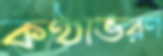
কণ্ঠাভরণ